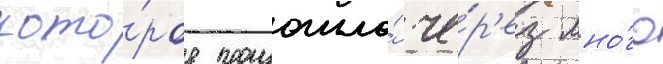
кото́рое произошло́ че́р'ез мно́го